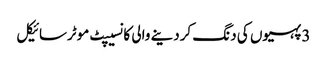
3 پہیوں کی دنگ کردینے والی کانسیپٹ موٹرسائیکل